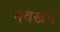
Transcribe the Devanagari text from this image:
नवखेच